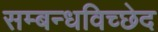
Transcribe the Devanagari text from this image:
सम्बन्धविच्छेद